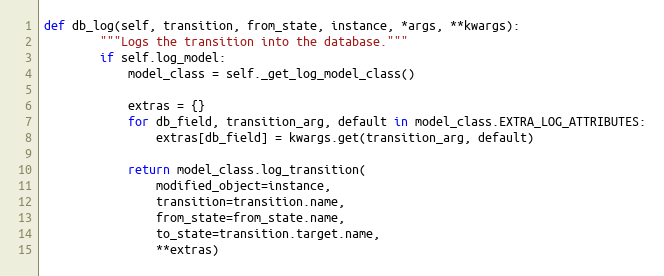
Language: Python
def db_log(self, transition, from_state, instance, *args, **kwargs):
        """Logs the transition into the database."""
        if self.log_model:
            model_class = self._get_log_model_class()

            extras = {}
            for db_field, transition_arg, default in model_class.EXTRA_LOG_ATTRIBUTES:
                extras[db_field] = kwargs.get(transition_arg, default)

            return model_class.log_transition(
                modified_object=instance,
                transition=transition.name,
                from_state=from_state.name,
                to_state=transition.target.name,
                **extras)